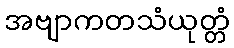
အဗျာကတသံယုတ္တံ